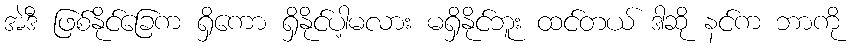
အဲဒီ ဖြစ်နိုင်ခြေက ရှိကော ရှိနိုင်ပါ့မလား မရှိနိုင်ဘူး ထင်တယ် ဒါဆို နင်က ဘာကို